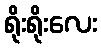
ရိုးရိုးလေး